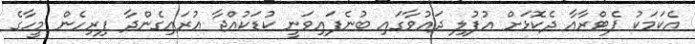
އެކަމަކު ޕެޓްރާއާ ދެކޮޅަށް އުފުލި ދައުވާގައި ބުނެފައިވަނީ ކުޑަކުއްޖާ އުރައިގެންދާ ފިރިހެން މީހާގެ